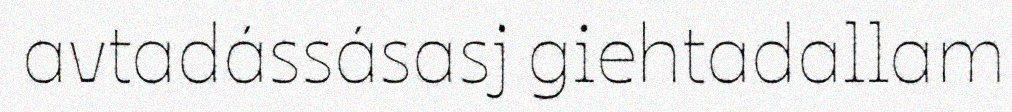
avtadássásasj giehtadallam